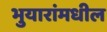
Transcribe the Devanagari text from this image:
भुयारांमधील